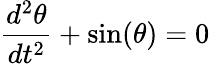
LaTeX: {\frac{d^{2}\theta}{dt^{2}}}+\sin(\theta)=0